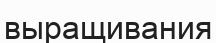
выращивания